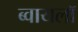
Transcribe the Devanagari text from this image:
ब्वायलॉ